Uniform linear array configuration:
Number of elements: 12
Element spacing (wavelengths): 0.75
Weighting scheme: binomial
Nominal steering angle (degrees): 45
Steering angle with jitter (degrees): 44.912
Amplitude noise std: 0.05
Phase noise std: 0.05

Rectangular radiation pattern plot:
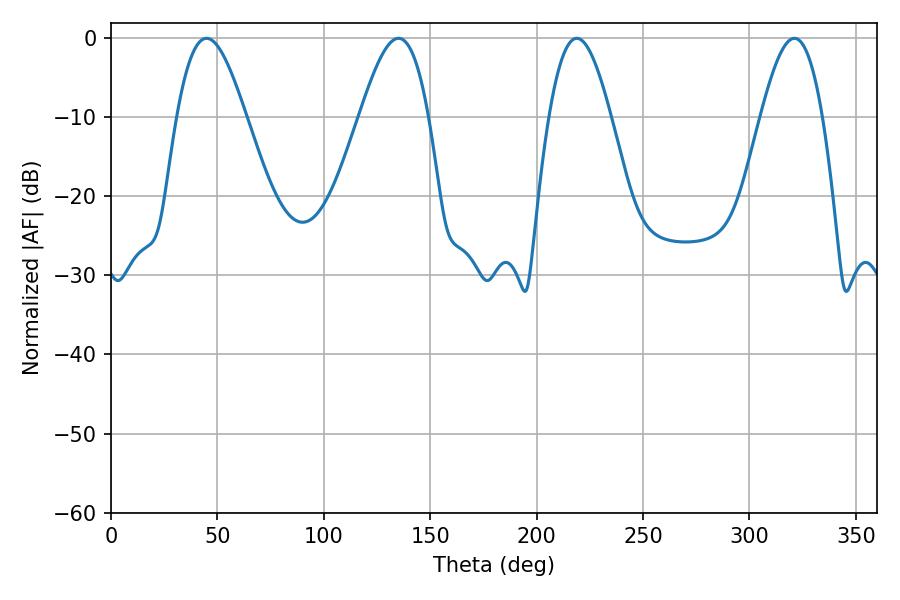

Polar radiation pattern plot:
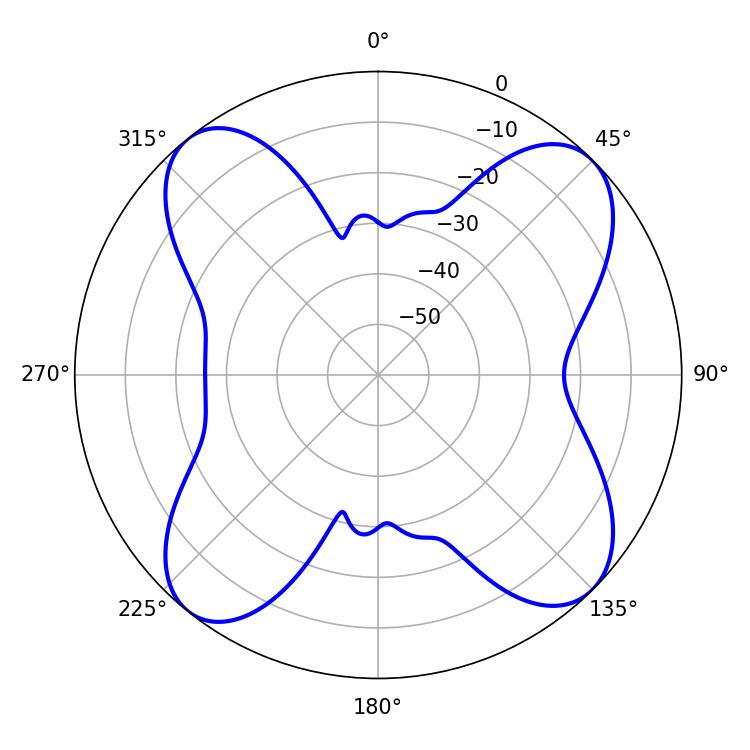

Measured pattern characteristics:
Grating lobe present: TRUE
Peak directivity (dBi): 13.035
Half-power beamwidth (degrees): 15.66
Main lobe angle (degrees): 218.88